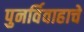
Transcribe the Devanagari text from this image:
पुनर्विवाहाचे